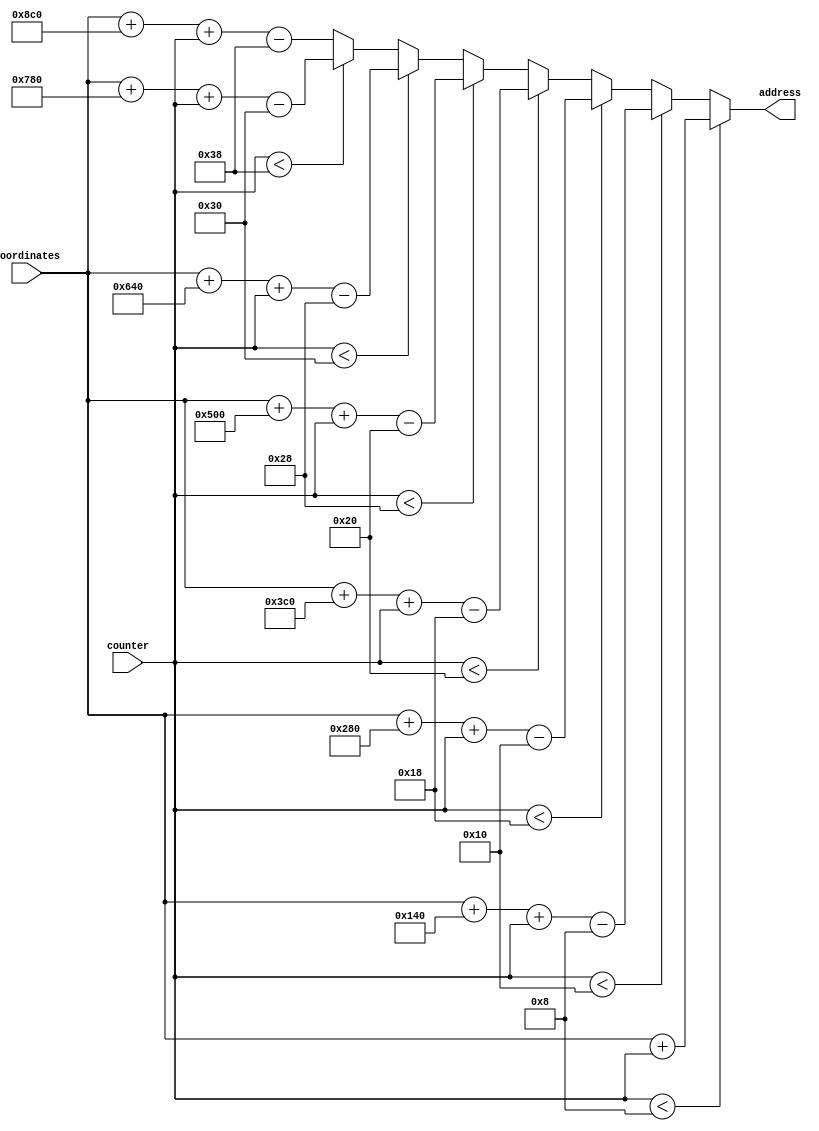
module sprite_addr(address, coordinates, counter);
	input [16:0] coordinates;
	input [5:0] counter;
	output reg [16:0] address;

	always@(*) begin
		address = 0;
		if(counter < 6'd8) address = coordinates + counter;
		else if(counter < 6'd16) address = coordinates + 320*1 + counter - 6'd8;
		else if(counter < 6'd24) address = coordinates + 320*2 + counter - 6'd16;
		else if(counter < 6'd32) address = coordinates + 320*3 + counter - 6'd24;
		else if(counter < 6'd40) address = coordinates + 320*4 + counter - 6'd32;
		else if(counter < 6'd48) address = coordinates + 320*5 + counter - 6'd40;
		else if(counter < 6'd56) address = coordinates + 320*6 + counter - 6'd48;
		else 				  address = coordinates + 320*7 + counter - 56;
	end

endmodule